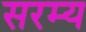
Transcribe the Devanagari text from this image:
सरम्य